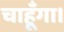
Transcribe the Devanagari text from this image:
चाहूँगा।